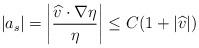
LaTeX: \begin{align*} |a_s| &= \left| \frac{ \widehat v \cdot \nabla \eta }{\eta} \right| \le C(1 + |\widehat v|) \end{align*}